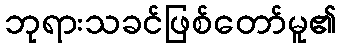
ဘုရားသခင်ဖြစ်တော်မူ၏